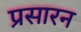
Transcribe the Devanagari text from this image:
प्रसारन